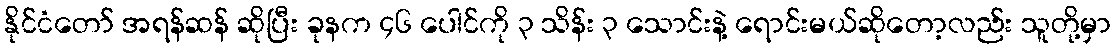
နိုင်ငံတော် အရန်ဆန် ဆိုပြီး ခုနက ၄၆ ပေါင်ကို ၃ သိန်း ၃ သောင်းနဲ့ ရောင်းမယ်ဆိုတော့လည်း သူတို့မှာ